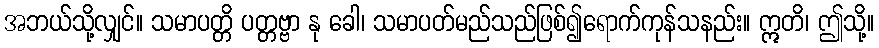
အဘယ်သို့လျှင်။ သမာပတ္တိ ပတ္တဗ္ဗာ နု ခေါ၊ သမာပတ်မည်သည်ဖြစ်၍ရောက်ကုန်သနည်း။ ဣတိ၊ ဤသို့။